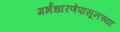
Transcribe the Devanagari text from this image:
गर्भधारणेपासूनच्या